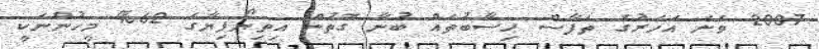
2007 ވަނަ އަހަރުގެ ތަފާސް ހިސާބުތައް ބުނާ ގޮތުން އިތިޔޯޕިޔާގެ 62% މީހުންނަކީ